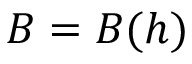
B = B ( h )